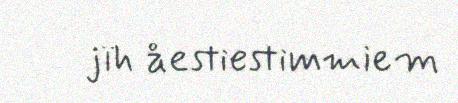
jïh åestiestimmiem